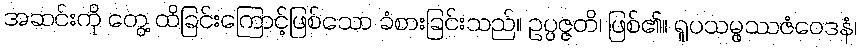
အဆင်းကို တွေ့ ထိခြင်းကြောင့်ဖြစ်သော ခံစားခြင်းသည်။ ဥပ္ပဇ္ဇတိ၊ ဖြစ်၏။ ရူပသမ္ဖဿဇံဝေဒနံ၊